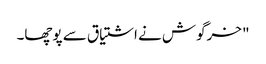
" خرگوش نے اشتیاق سے پوچھا۔